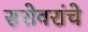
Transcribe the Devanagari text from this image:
सरोवरांचे